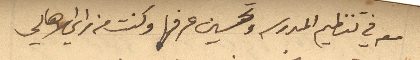
معه في تنظيم المدرسه وتحسين عرفها وكنت من راي الاهالي